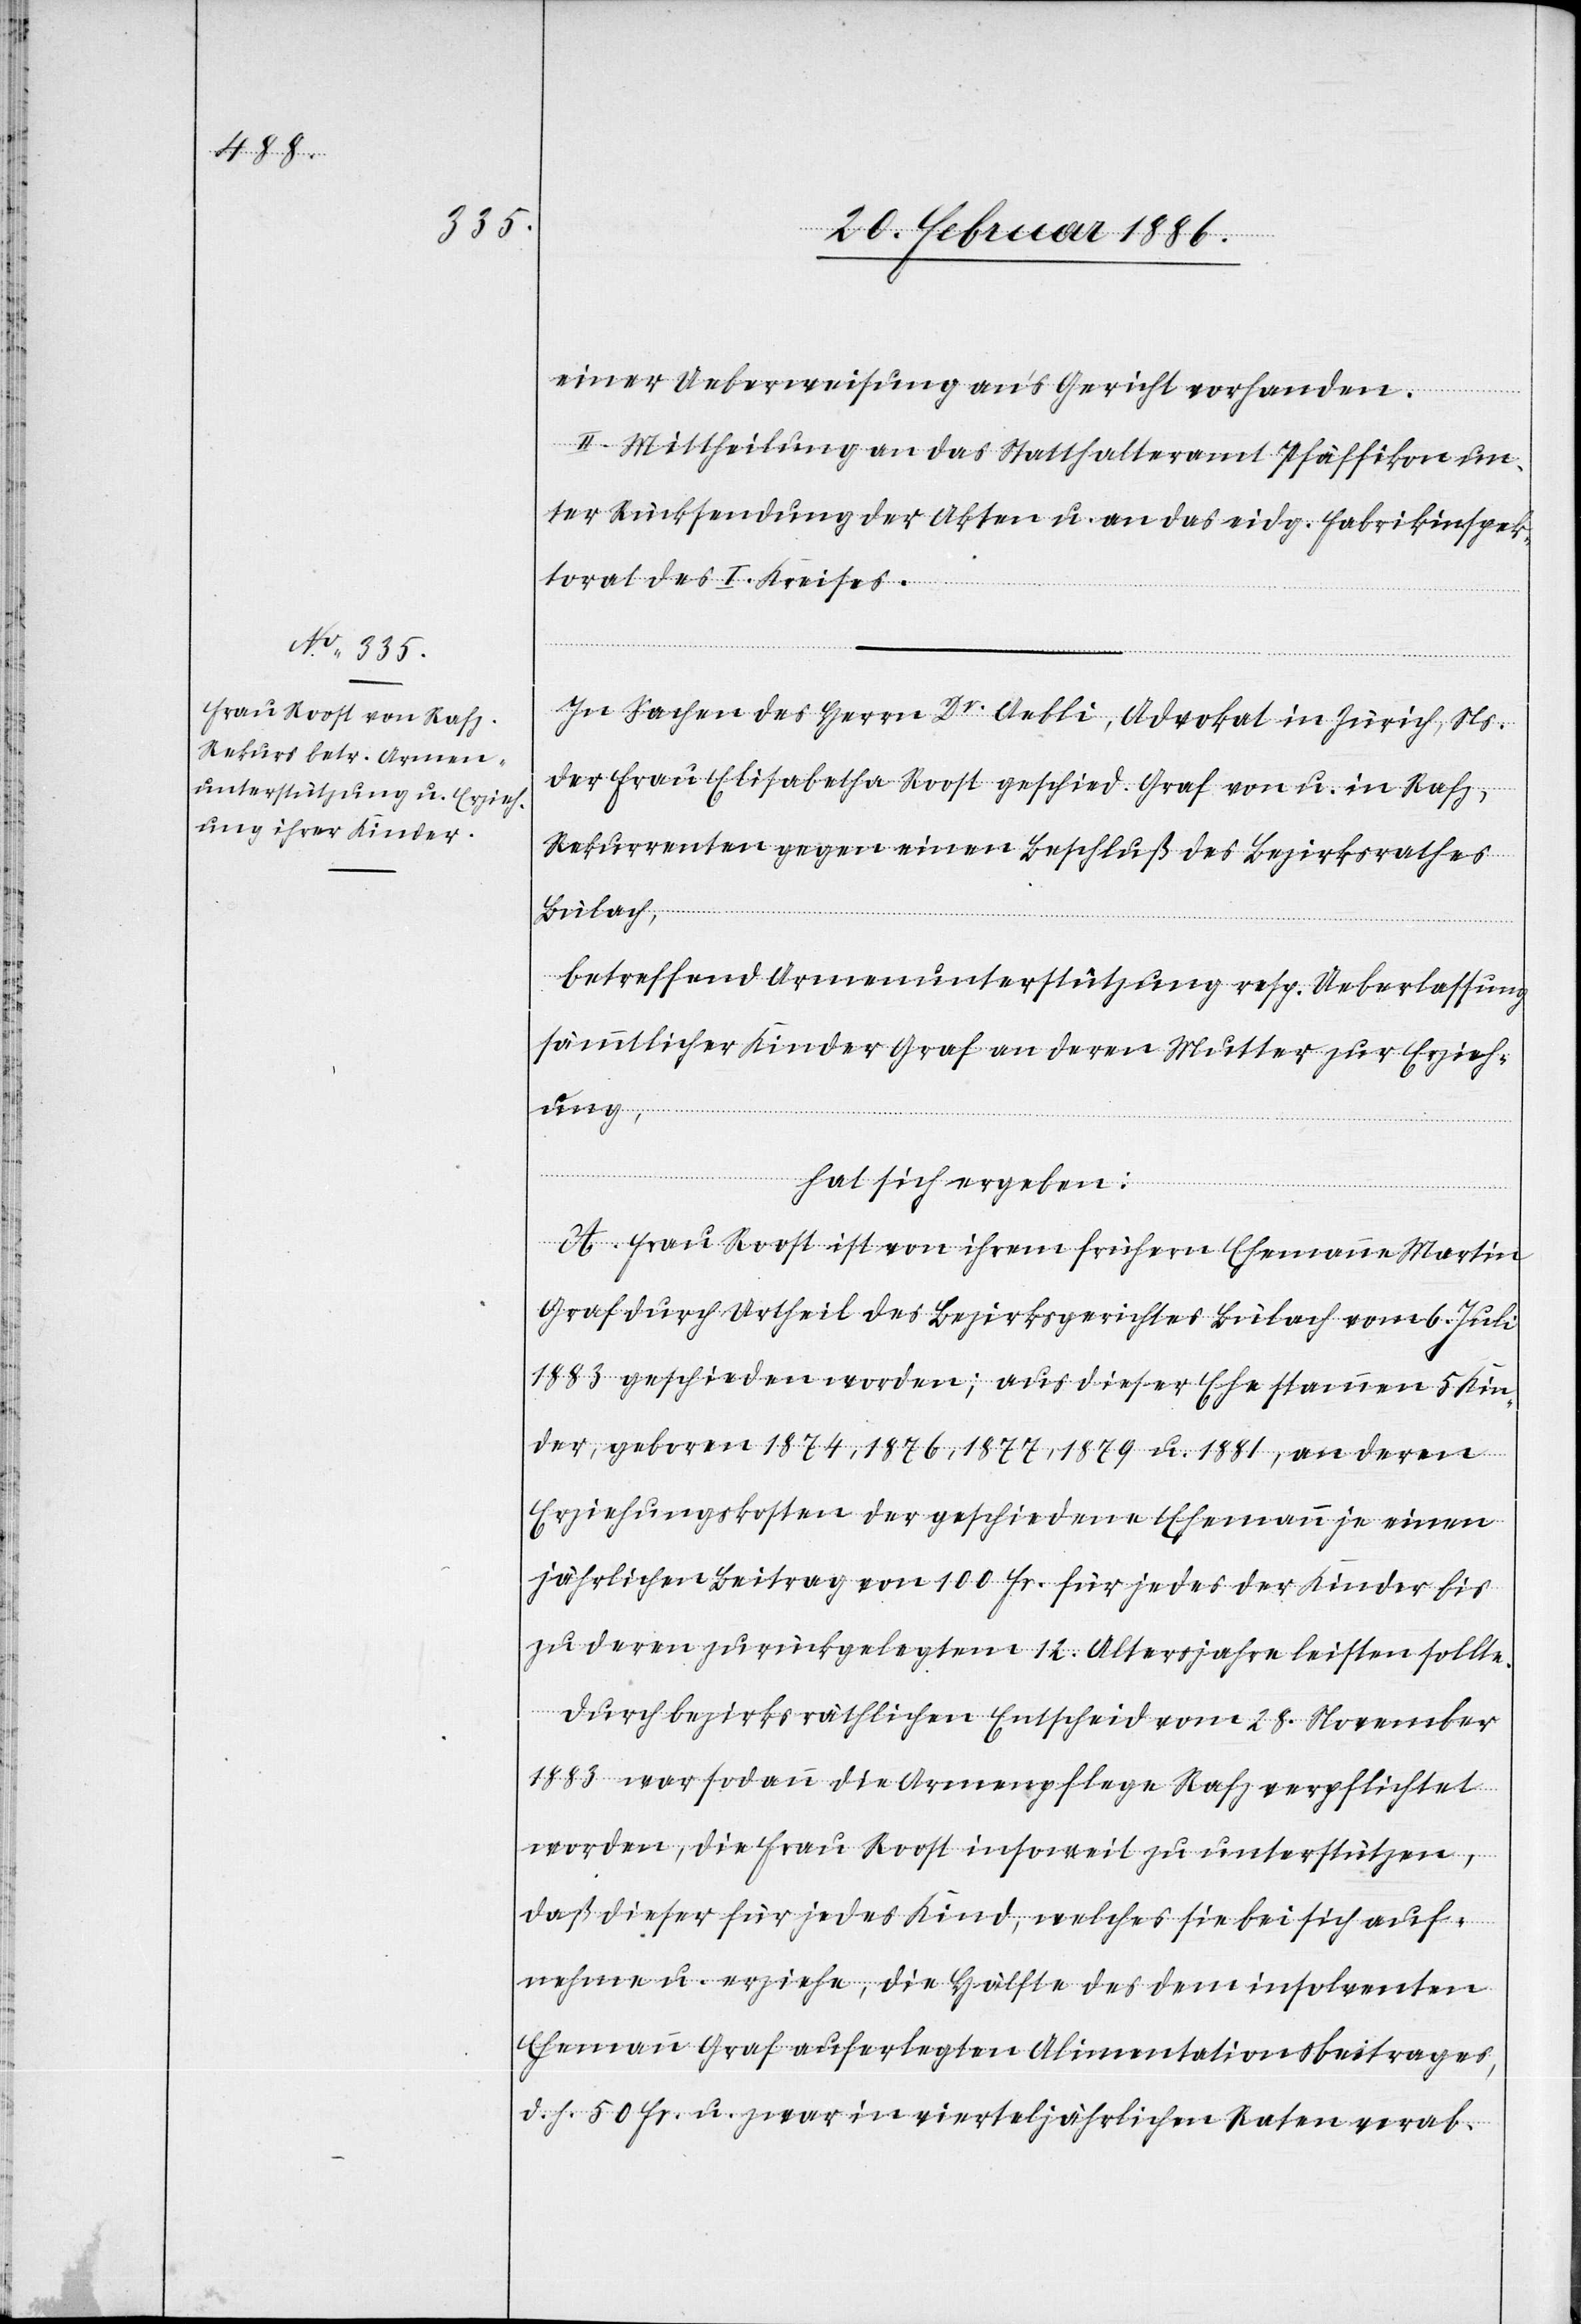
einer Ueberweisung an’s Gericht vorhanden.
II. Mittheilung an das Statthalteramt Pfäffikon un¬
ter Rücksendung der Akten u. an das eidg. Fabrikinspek¬
torat des I. Kreises.
In Sachen des Herrn Dr. Aebli, Advokat in Zürich, Ns.
der Frau Elisabetha Roost geschid. Graf von u. in Rafz,
Rekurrenten gegen einen Beschluß des Bezirksrathes
Bülach,
betreffend Armenunterstützung resp. Ueberlassung
sämmtlicher Kinder Graf an deren Mutter zur Erzieh¬
ung,
hat sich ergeben:
A. Frau Roost ist von ihrem frühern Ehemann Martin
Graf durch Urtheil des Bezirksgerichtes Bülach vom 6. Juli
1883 geschieden worden; aus dieser Ehe stammen 5 Kin¬
der, geboren 1874, 1876, 1877, 1879 u. 1881, an deren
Erziehungskosten der geschiedene Ehemann je einen
jährlichen Beitrag von 100 Fr. für jedes der Kinder bis
zu deren zurückgelegtem 12. Altersjahre leisten sollte.
Durch bezirksräthlichen Entscheid vom 28. November
1883 war sodann die Armenpflege Rafz verpflichtet
worden, die Frau Roost insoweit zu unterstützen,
daß dieser für jedes Kind, welches sie bei sich auf¬
nehme u. erziehe, die Hälfte des dem insolventen
Ehemann Graf auferlegten Alimentationsbeitrages,
d. h. 50 Fr. u. zwar in vierteljährlichen Raten verab-